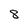
Character: 8